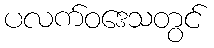
ပလက်ဝဒေသတွင်